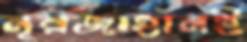
নূরজাহানই